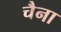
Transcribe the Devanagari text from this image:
चैना